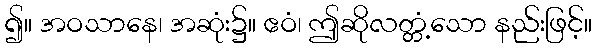
၍။ အဝသာနေ၊ အဆုံး၌။ ဧဝံ၊ ဤဆိုလတ္တံ့သော နည်းဖြင့်။